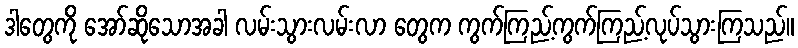
ဒါတွေကို အော်ဆိုသောအခါ လမ်းသွားလမ်းလာ တွေက ကွက်ကြည့်ကွက်ကြည့်လုပ်သွားကြသည်။